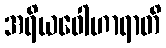
အရိယဝေါဟာရာတိ